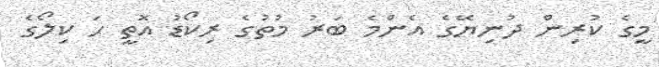
މީގެ ކުރިން ދުނިޔޭގެ އެންމެ ބަރު މުތުގެ ރިކޯޑު އޮތީ ހަ ކިލޯގެ